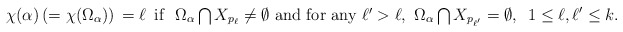
\begin{align*}\chi(\alpha)\,(=\chi(\Omega_\alpha))\,=\ell\,\,\,\mbox{if \,\,$\Omega_\alpha\bigcap X_{p_\ell}\ne \emptyset$\,\,and\,\,for any $\ell'>\ell$, \,$\Omega_\alpha\bigcap X_{p_{\ell'}}=\emptyset$},\,\,\, 1\le\ell, \ell'\le k. \end{align*}